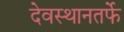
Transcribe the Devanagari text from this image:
देवस्थानतर्फे